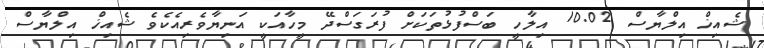
ޝެއިޚް އިލްޔާސް 10.02 އިލާހީ ބަސްފުޅުތަކަށް ފުރަގަސްދޭ މީހާއަކީ އަނިޔާވެރިއެކެވެ ޝެއިޚް އިލްޔާސް